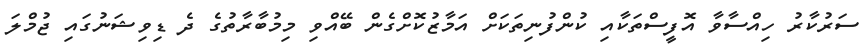
ސަރުކާރު ހިއްސާވާ އޮފީސްތަކާއި ކުންފުނިތަކަށް އަމާޒުކޮށްގެން ބޭއްވި މިމުބާރާތުގެ ދެ ޑިވިޝަނުގައި ޖުމްލަ